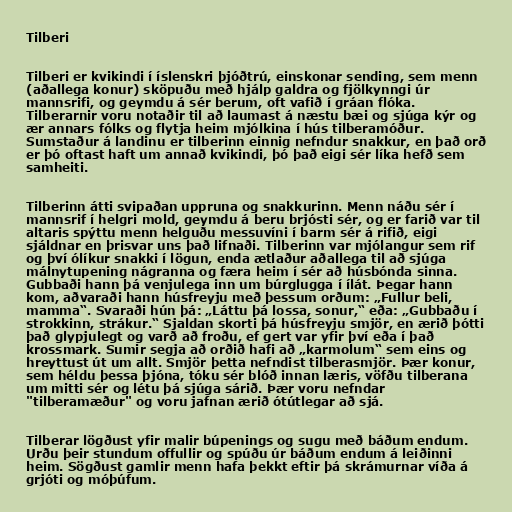
Tilberi

Tilberi er kvikindi í íslenskri þjóðtrú, einskonar sending, sem menn
(aðallega konur) sköpuðu með hjálp galdra og fjölkynngi úr
mannsrifi, og geymdu á sér berum, oft vafið í gráan flóka.
Tilberarnir voru notaðir til að laumast á næstu bæi og sjúga kýr og
ær annars fólks og flytja heim mjólkina í hús tilberamóður.
Sumstaður á landinu er tilberinn einnig nefndur snakkur, en það orð
er þó oftast haft um annað kvikindi, þó það eigi sér líka hefð sem
samheiti.

Tilberinn átti svipaðan uppruna og snakkurinn. Menn náðu sér í
mannsrif í helgri mold, geymdu á beru brjósti sér, og er farið var til
altaris spýttu menn helguðu messuvíni í barm sér á rifið, eigi
sjáldnar en þrisvar uns það lifnaði. Tilberinn var mjólangur sem rif
og því ólíkur snakki í lögun, enda ætlaður aðallega til að sjúga
málnytupening nágranna og færa heim í sér að húsbónda sinna.
Gubbaði hann þá venjulega inn um búrglugga í ílát. Þegar hann
kom, aðvaraði hann húsfreyju með þessum orðum: „Fullur beli,
mamma“. Svaraði hún þá: „Láttu þá lossa, sonur,“ eða: „Gubbaðu í
strokkinn, strákur.“ Sjaldan skorti þá húsfreyju smjör, en ærið þótti
það glypjulegt og varð að froðu, ef gert var yfir því eða í það
krossmark. Sumir segja að orðið hafi að „karmolum“ sem eins og
hreyttust út um allt. Smjör þetta nefndist tilberasmjör. Þær konur,
sem héldu þessa þjóna, tóku sér blóð innan læris, vöfðu tilberana
um mitti sér og létu þá sjúga sárið. Þær voru nefndar
"tilberamæður" og voru jafnan ærið ótútlegar að sjá.

Tilberar lögðust yfir malir búpenings og sugu með báðum endum.
Urðu þeir stundum offullir og spúðu úr báðum endum á leiðinni
heim. Sögðust gamlir menn hafa þekkt eftir þá skrámurnar víða á
grjóti og móþúfum.